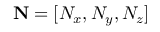
\mathbf { N } = [ N _ { x } , N _ { y } , N _ { z } ]